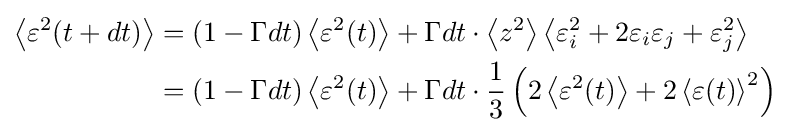
{\begin{aligned}\left\langle \varepsilon ^{2}(t+dt)\right\rangle &=\left(1-\Gamma dt\right)\left\langle \varepsilon ^{2}(t)\right\rangle +\Gamma dt\cdot \left\langle z^{2}\right\rangle \left\langle \varepsilon _{i}^{2}+2\varepsilon _{i}\varepsilon _{j}+\varepsilon _{j}^{2}\right\rangle \\&=\left(1-\Gamma dt\right)\left\langle \varepsilon ^{2}(t)\right\rangle +\Gamma dt\cdot {\dfrac {1}{3}}\left(2\left\langle \varepsilon ^{2}(t)\right\rangle +2\left\langle \varepsilon (t)\right\rangle ^{2}\right)\end{aligned}}